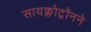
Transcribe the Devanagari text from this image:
सायक्लोट्रॉनने